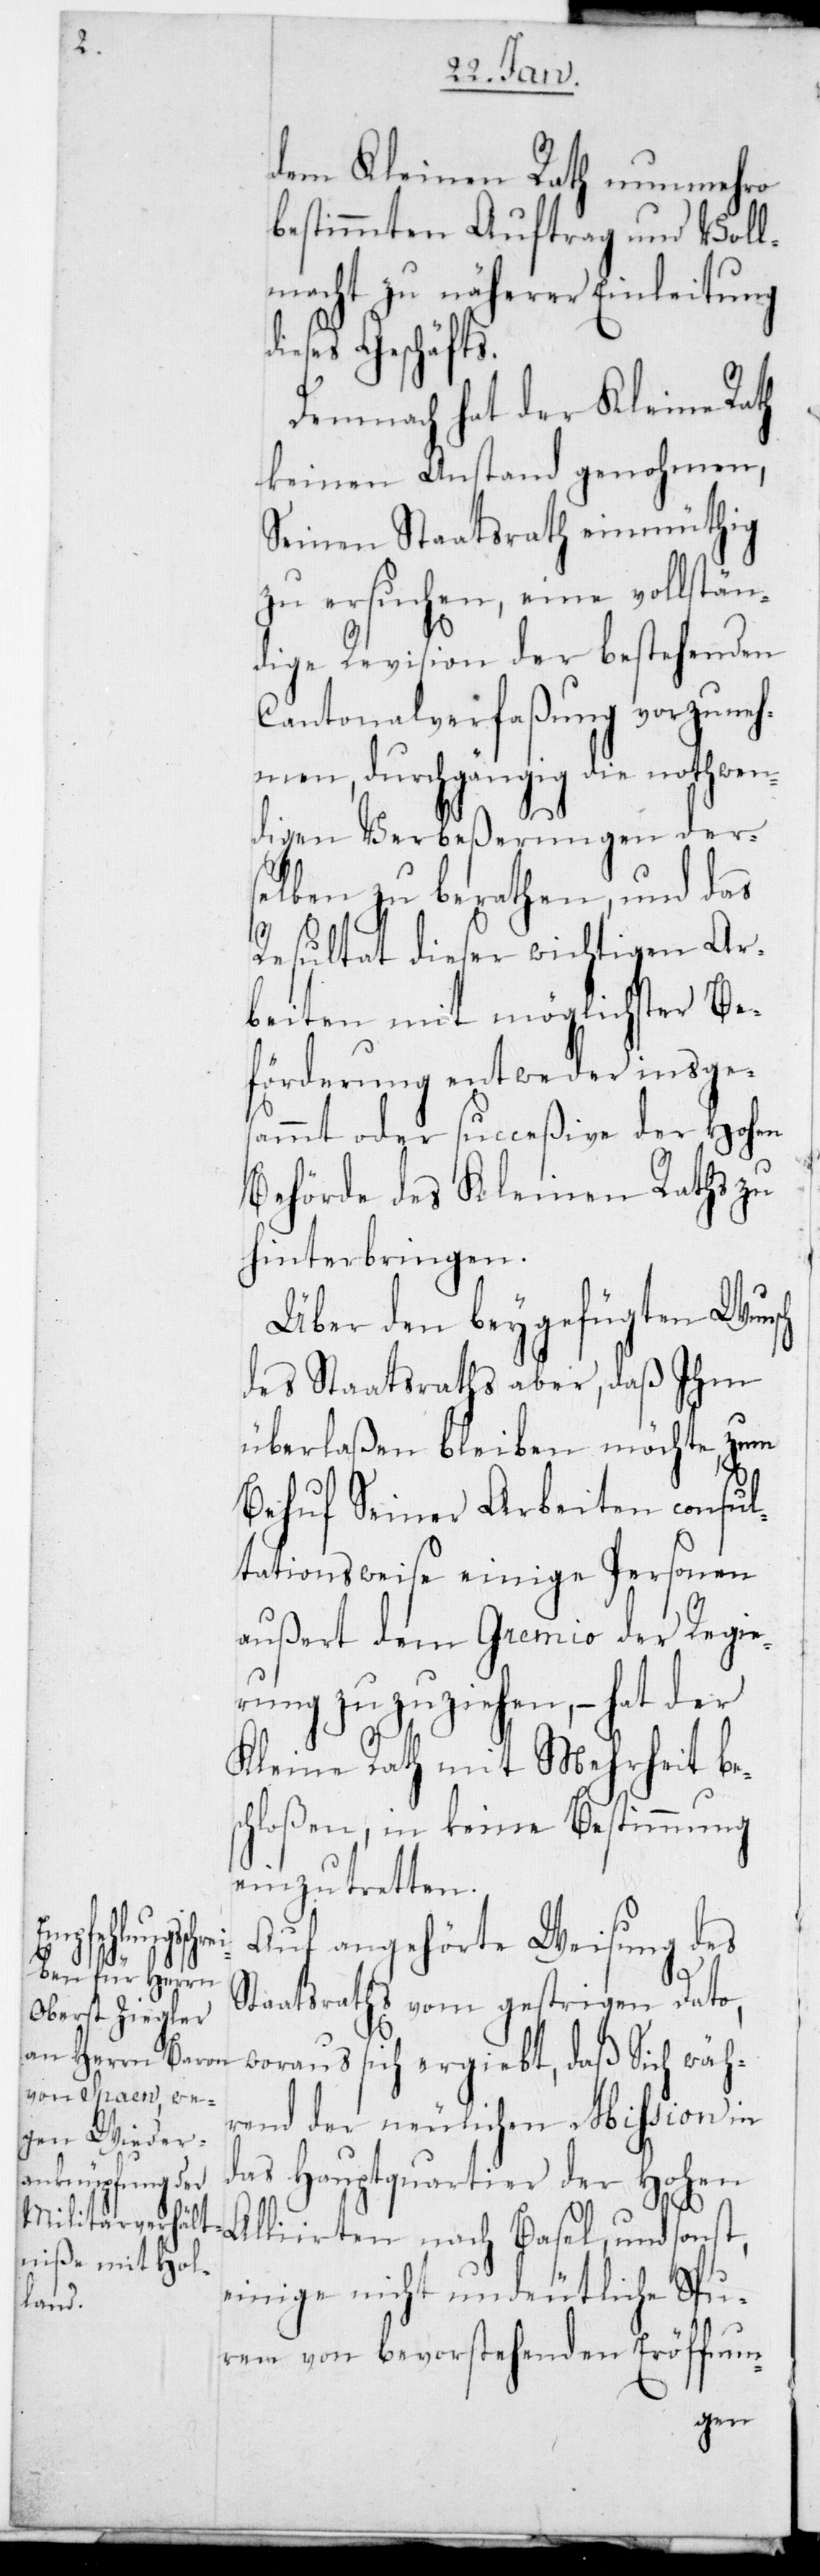
dem Kleinen Rath nunmehro
bestimmten Auftrag und Voll¬
macht zu näherer Einleitung
dieses Geschäfts.
Demnach hat der Kleine Rath
keinen Anstand genohmen,
Seinen Staatsrath einmüthig
zu ersuchen, eine vollstän¬
dige Revision der bestehenden
Cantonalverfaßung vorzuneh¬
men, durchgängig die nothwen¬
digen Verbeßerungen der¬
selben zu berathen, und das
Resultat dieser wichtigen Ar¬
beiten mit möglichster Be¬
förderung entweder insges¬
ammt oder succeßive der Hohen
Behörde des Kleinen Raths zu
hinterbringen.
Über den beygefügten Wunsch
des Staatsraths aber, daß Ihm
überlaßen bleiben möchte, zum
Behuf Seiner Arbeiten consul¬
tationsweise einige Personen
außert dem Gremio der Regie¬
rung zuzuziehen, – hat der
Kleine Rath mit Mehrheit be¬
schloßen, in keine Bestimmung
einzutretten.
Auf angehörte Weisung des
Staatsraths vom gestrigen Dato,
woraus sich ergiebt, daß Sich wäh¬
rend der neulichen Mission in
das Hauptquartier der Hohen
Alliierten nach Basel, und sonst,
einige nicht undeutliche Spu¬
ren von bevorstehenden Eröffnun-